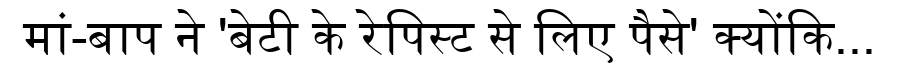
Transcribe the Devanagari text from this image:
मां-बाप ने 'बेटी के रेपिस्ट से लिए पैसे' क्योंकि...